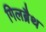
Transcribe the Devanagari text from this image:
गिलब्रैथ